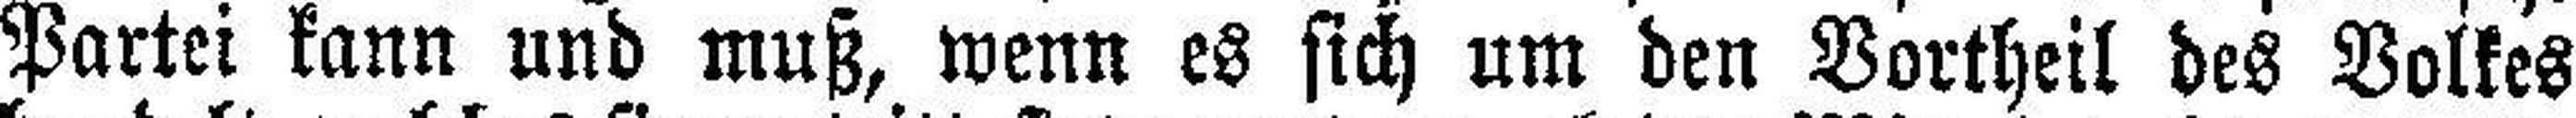
Partei kann und muß, wenn es sich um den Vortheil des Volkes